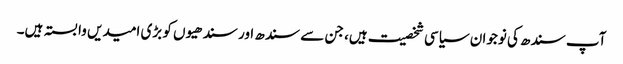
آپ سندھ کی نوجوان سیاسی شخصیت ہیں، جن سے سندھ اور سندھیوں کو بڑی امیدیں وابستہ ہیں۔